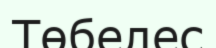
Төбелес